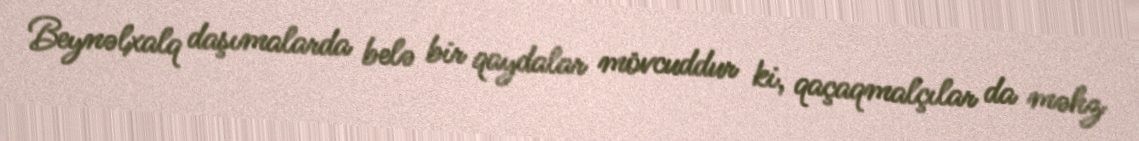
Beynəlxalq daşımalarda belə bir qaydalar mövcuddur ki, qaçaqmalçılar da məhz